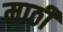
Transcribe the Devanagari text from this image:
माठी